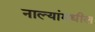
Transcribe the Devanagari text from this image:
नाल्यांमधील